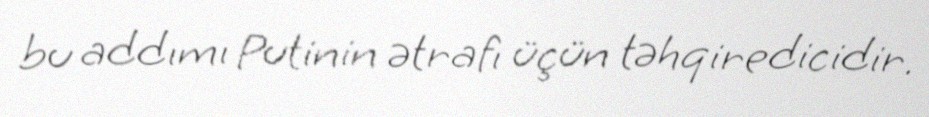
bu addımı Putinin ətrafı üçün təhqiredicidir.